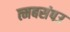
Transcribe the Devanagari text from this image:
त्मबसंपउ